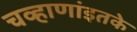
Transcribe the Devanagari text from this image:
चव्हाणांइतके